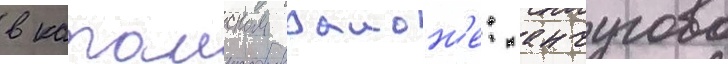
в катаиском раион'е: анчугово